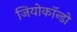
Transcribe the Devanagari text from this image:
जियोकॉन्डो